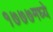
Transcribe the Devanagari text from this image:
१७७७मध्ये